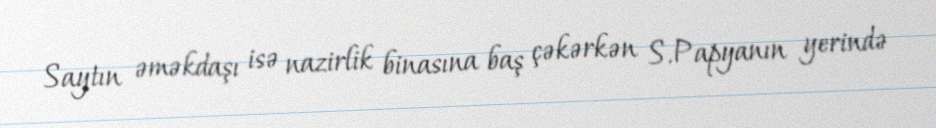
Saytın əməkdaşı isə nazirlik binasına baş çəkərkən S.Papyanın yerində